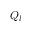
Q _ { l }